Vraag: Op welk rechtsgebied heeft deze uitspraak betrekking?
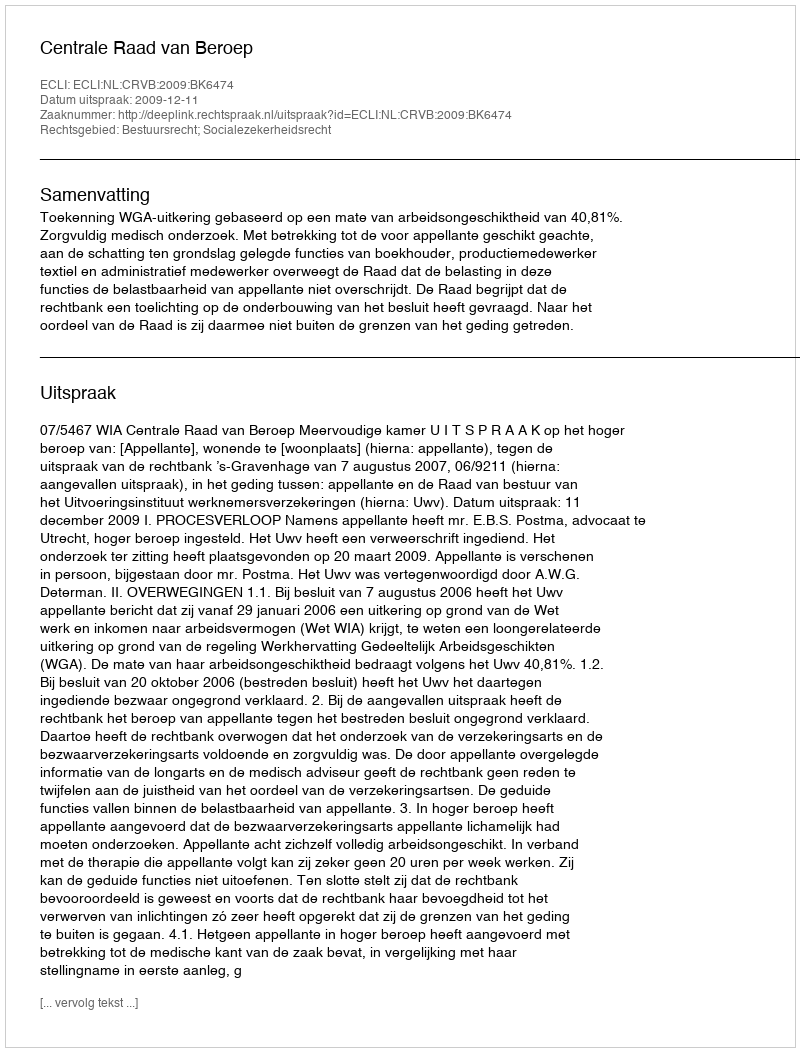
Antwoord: Bestuursrecht; Socialezekerheidsrecht